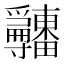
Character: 𤴎